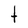
Character: t